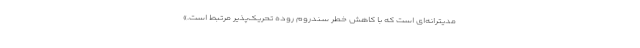
مدیترانه‌ای است که با کاهش خطر سندروم روده تحریک‌پذیر مرتبط است.»